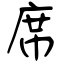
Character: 席